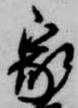
家